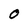
Character: 0